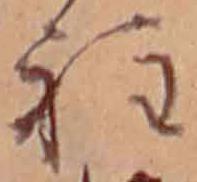
程